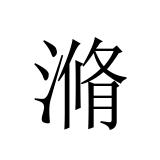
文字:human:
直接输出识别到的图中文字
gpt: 滫